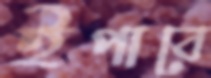
ইপাবে